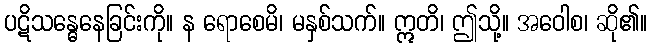
ပဋိသန္ဓေနေခြင်းကို။ န ရောစေမိ၊ မနှစ်သက်။ ဣတိ၊ ဤသို့။ အဝေါစ၊ ဆို၏။